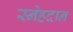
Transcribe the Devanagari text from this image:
स्नेहदान